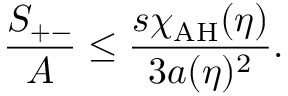
{ \frac { S _ { + - } } { A } } \leq { \frac { s \chi _ { \mathrm { A H } } ( \eta ) } { 3 a ( \eta ) ^ { 2 } } } .